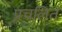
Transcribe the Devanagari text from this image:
प्रचलितं